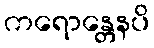
ကရောန္တေနပိ